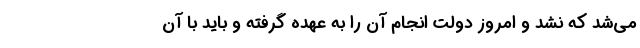
می‌شد که نشد و امروز دولت انجام آن را به عهده گرفته و باید با آن